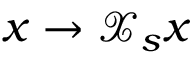
x \rightarrow \mathcal { X } _ { s } { x }